Indian journal of veterinary science and animal husbandry - Volume 8,
Year: 1938
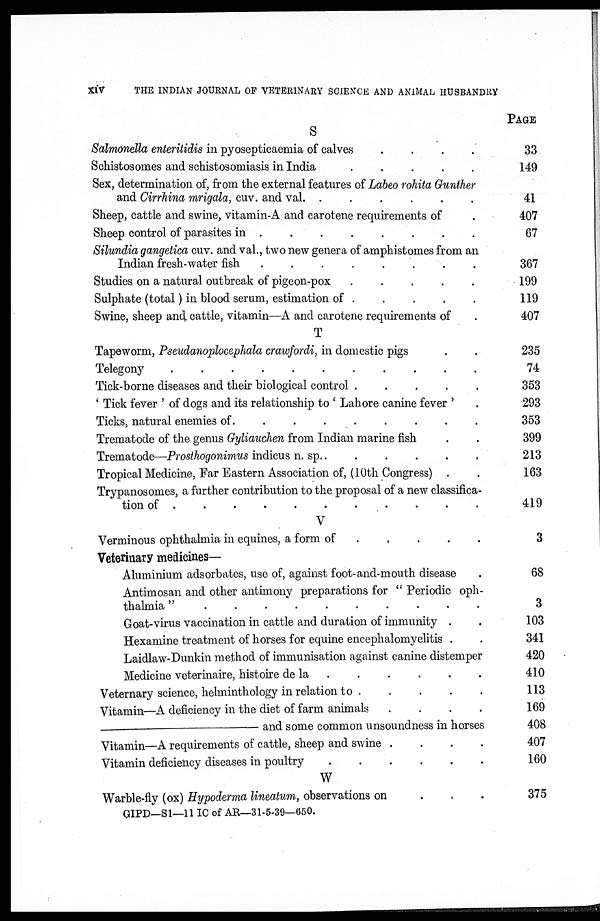
XIV
THE INDIAN JOURNAL OF VETERINARY SCIENCE AND ANIMAL HUSBANDRY
S
Salmonella enteritidis in pyosepticaemia of calves
.
.
.
.
Schistosomes and schistosomiasis in India . . . .
Sex, determination of, from the external features of Labeo rohita Gunther
and Cirrhina mrigala, cuv. and val
.
.
.
.
.
.
Sheep, cattle and swine, vitamin-A and carotene requirements of
Sheep control of parasites in
.......
Silundia gangetica cuv. and val., two new genera of amphistomes from an
Indian fresh-water fish .
.
.
.
.
Studies on a natural outbreak of pigeon-pox
.....
Sulphate (total) in blood serum, estimation of . . .. .
Swine, sheep and, cattle, vitamin—A and carotene requirements of
T
Tapeworm, Pseudanoplocephala crawfordi, in domestic pigs . . .
Telegony
Tick-borne diseases and their biological control
.....
' Tick fever ' of dogs and its relationship to ' Lahore canine fever ' .
Ticks, natural enemies of. . . . . . .
Trematode of the genus Gyliauchen from Indian marine fish . .
Trematode—Prosthogonimus indicus n. sp..
Tropical Medicine, Far Eastern Association of, (10th Congress) . .
Trypanosomes, a further contribution to the proposal of a new classifica-
tion of
..........
V
Verminous ophthalmia in equines, a form of
Veterinary medicines-
Aluminium adsorbates, use of, against foot-and-mouth disease .
Antimosan and other antimony preparations for " Periodic oph-
thalmia "
..........
Goat-virus vaccination in cattle and duration of immunity . .
Hexamine treatment of horses for equine encephalomyelitis . .
Laidlaw-Dunkin method of immunisation against canine distemper
Medicine veterinaire, histoire de la . . . . .
Veternary science, helminthology in relation to
Vitamin—A deficiency in the diet of farm animals
....
—and
some common unsoundness in horses
Vitamin—A requirements of cattle, sheep and swine
....
Vitamin deficiency diseases in poultry
W
Warble-fly (ox) Hypoderma lineatum, observations on
.
.
.
GIPD—S1—11IC of AR—31-5-39—650.
PAGE
33
149
41
407
67
367
199
119
407
235
74
353
293
353
399
213
163
419
3
68
3
103
341
420
410
113
169
408
407
160
375